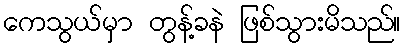
ကေသွယ်မှာ တွန့်ခနဲ ဖြစ်သွားမိသည်။